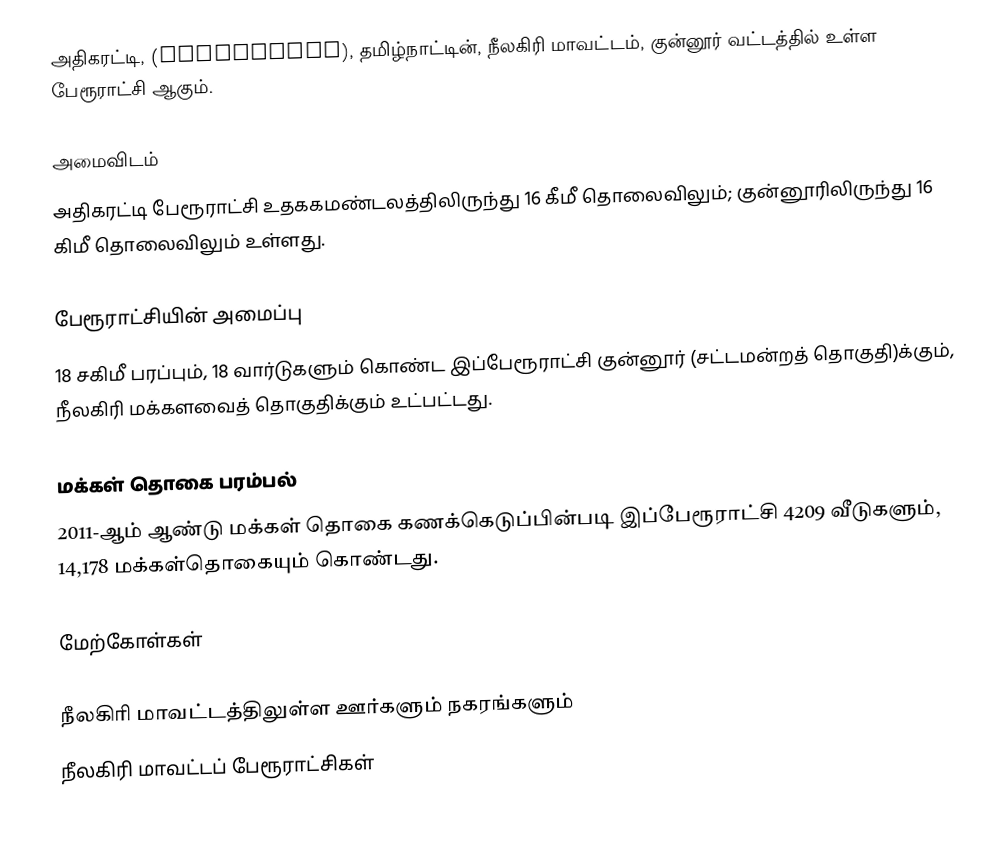
அதிகரட்டி, (Adikaratti), தமிழ்நாட்டின், நீலகிரி மாவட்டம், குன்னூர் வட்டத்தில் உள்ள பேரூராட்சி ஆகும்.

அமைவிடம்
அதிகரட்டி பேரூராட்சி உதககமண்டலத்திலிருந்து 16 கீமீ தொலைவிலும்; குன்னூரிலிருந்து 16 கிமீ தொலைவிலும்  உள்ளது.

பேரூராட்சியின் அமைப்பு
18 சகிமீ பரப்பும், 18 வார்டுகளும்  கொண்ட இப்பேரூராட்சி  குன்னூர் (சட்டமன்றத் தொகுதி)க்கும், நீலகிரி மக்களவைத் தொகுதிக்கும் உட்பட்டது.

மக்கள் தொகை பரம்பல்
2011-ஆம் ஆண்டு மக்கள் தொகை கணக்கெடுப்பின்படி  இப்பேரூராட்சி 4209 வீடுகளும், 14,178 மக்கள்தொகையும் கொண்டது.

மேற்கோள்கள்

நீலகிரி மாவட்டத்திலுள்ள ஊர்களும் நகரங்களும்
நீலகிரி மாவட்டப் பேரூராட்சிகள்